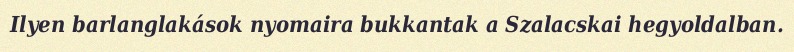
Ilyen barlanglakások nyomaira bukkantak a Szalacskai hegyoldalban.